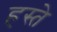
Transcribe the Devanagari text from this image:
हस्‍ते